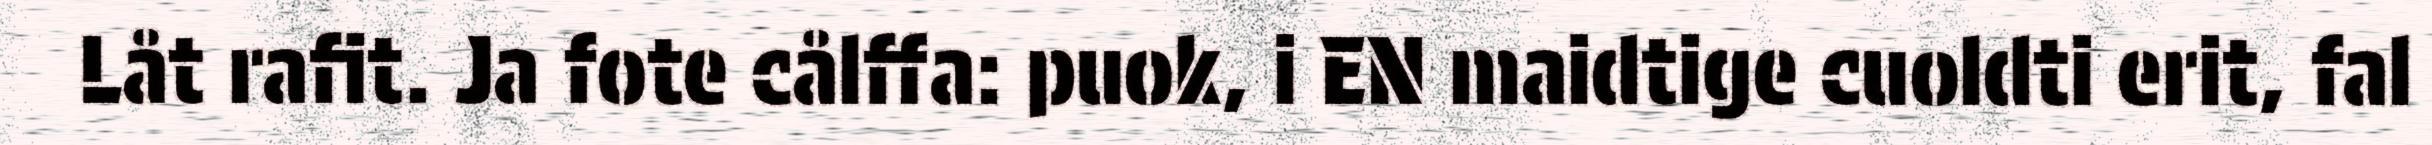
Låt rafit. Ja fote cålffa: puok, i EN maidtige cuoldti erit, fal